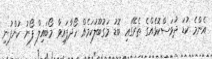
އެންމެ ކުޑަ ދުވަސްކޮޅެއްގެ ތެރޭގައި ބޮޑު މަގުބޫލުކަމެއް ހޯދާފައިވާ މޯބައިލް ފޯނު ކުންފުނި